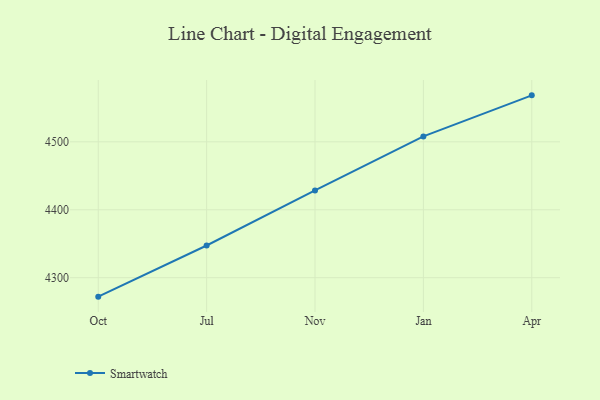
{"axis": {"x": "Month", "y": "Bounce Rate (%)"}, "legend": ["Smartwatch"], "data": [{"x": "Oct", "y": 4272.1, "type": "Smartwatch"}, {"x": "Jul", "y": 4347.4, "type": "Smartwatch"}, {"x": "Nov", "y": 4428.4, "type": "Smartwatch"}, {"x": "Jan", "y": 4508.0, "type": "Smartwatch"}, {"x": "Apr", "y": 4568.4, "type": "Smartwatch"}]}